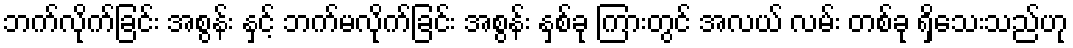
ဘက်လိုက်ခြင်း အစွန်း နှင့် ဘက်မလိုက်ခြင်း အစွန်း နှစ်ခု ကြားတွင် အလယ် လမ်း တစ်ခု ရှိသေးသည်ဟု